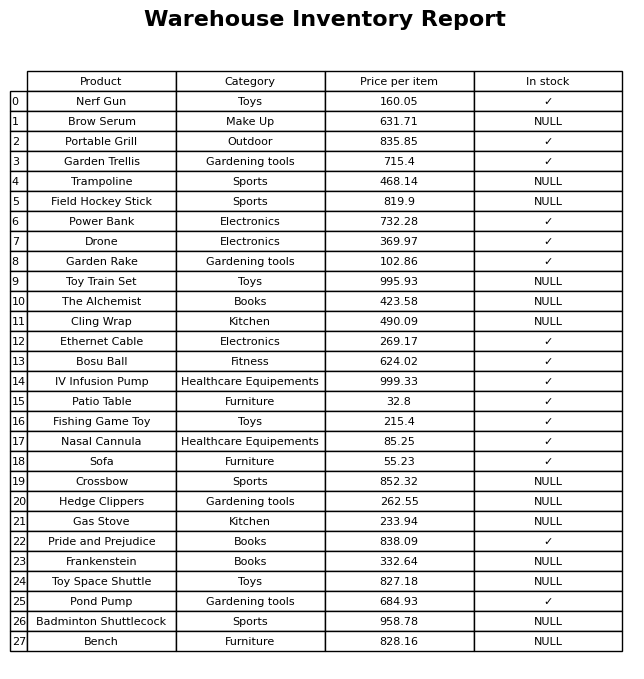
question: What is the price for Badminton Shuttlecock?
answer: The price of Badminton Shuttlecock is 958.78.